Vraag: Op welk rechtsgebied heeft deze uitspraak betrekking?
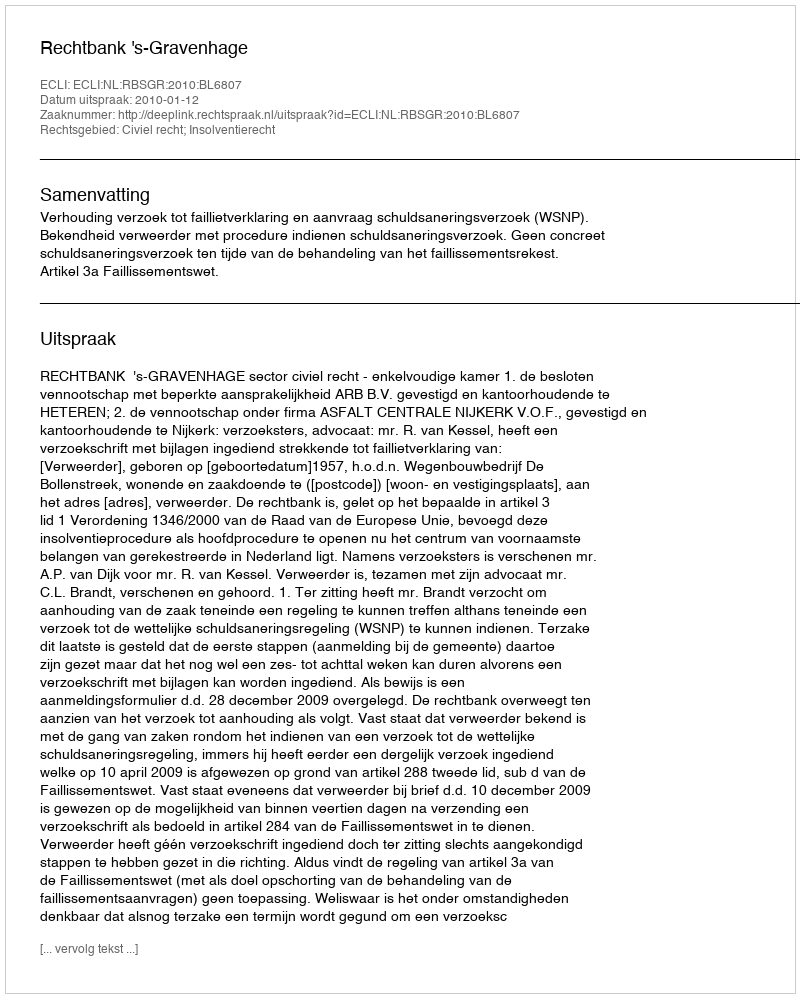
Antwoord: Civiel recht; Insolventierecht